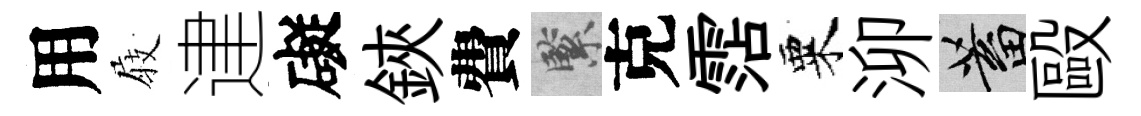
用𡲆䢖礙鋏費緊克霑粟泖蓄毆